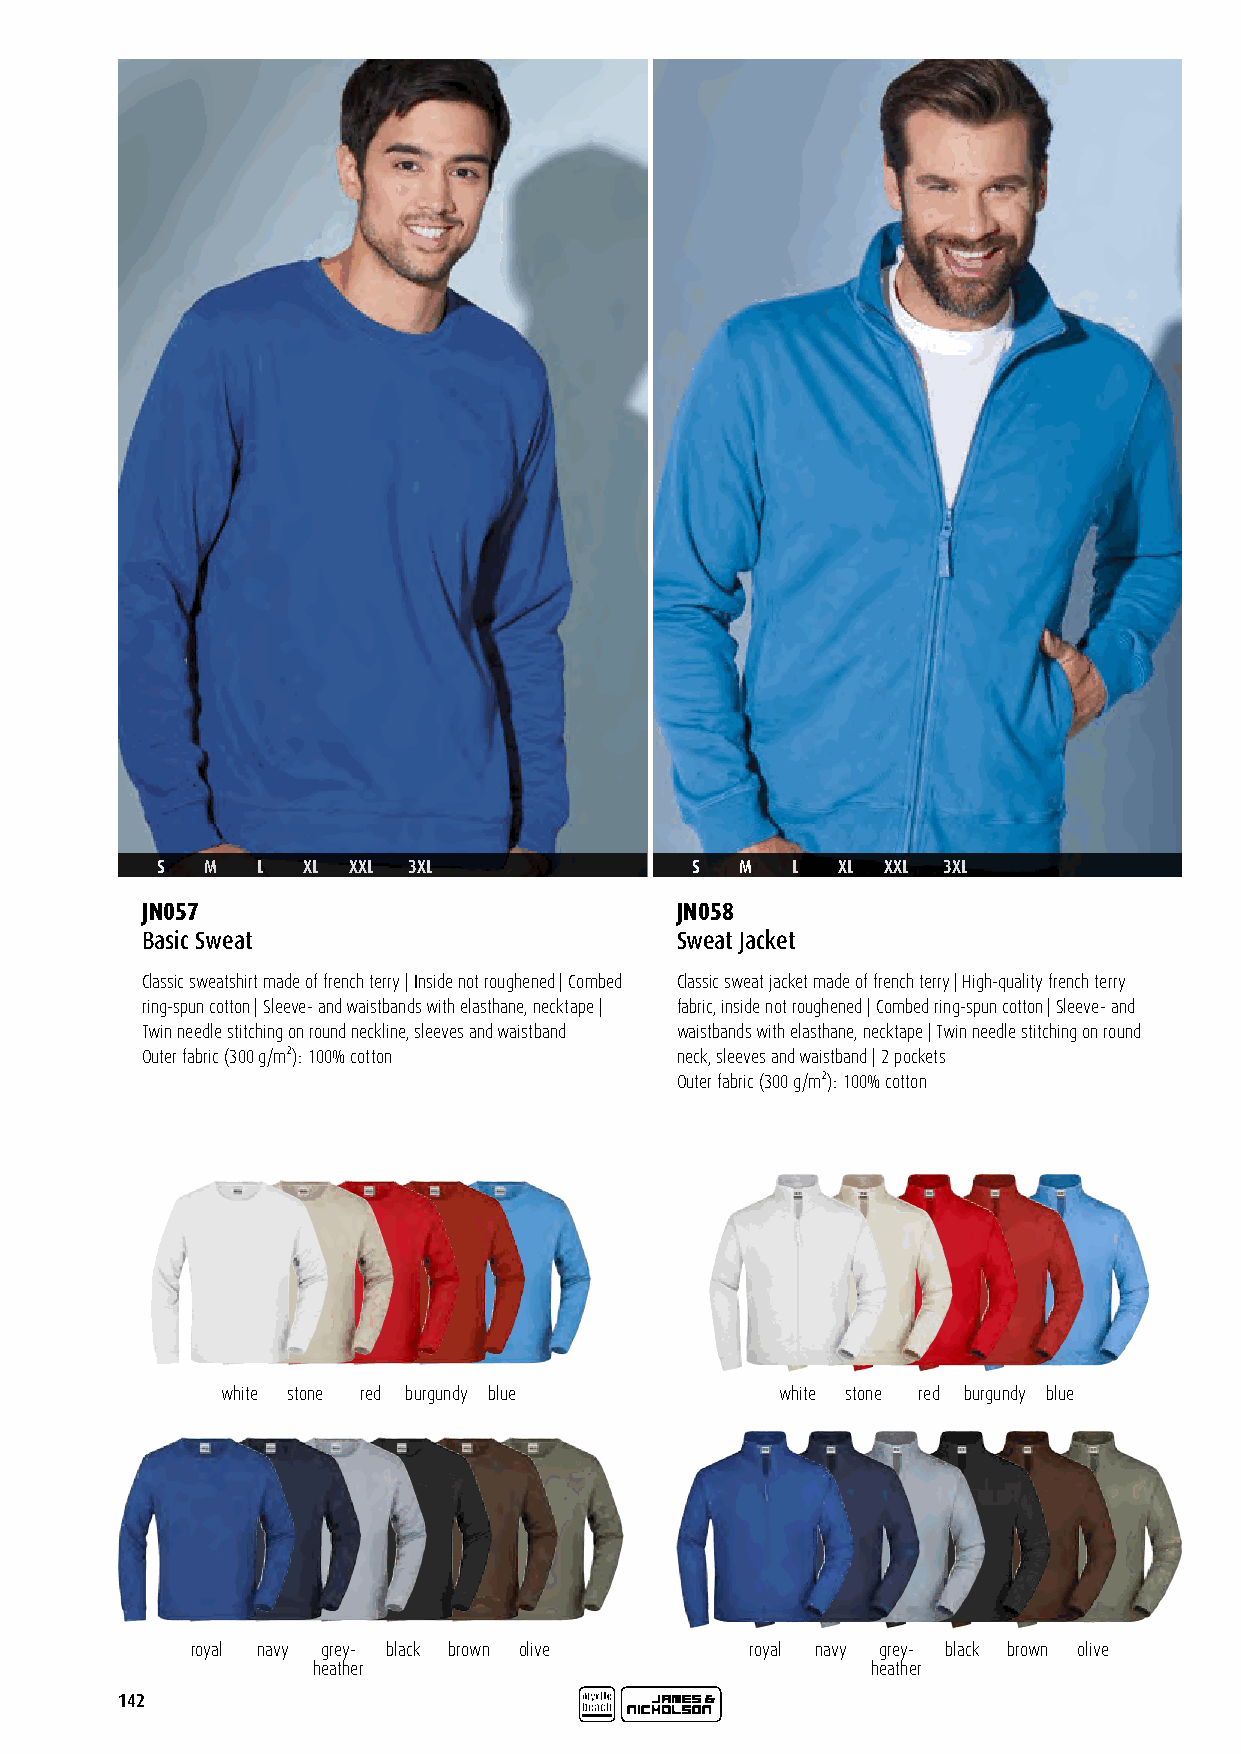
S   M  L  XL XXL 3XL                S  M  L  XL  XXL 3XL
 JN057                               JN058
 Basic Sweat                         Sweat Jacket
 Classic sweatshirt made of french terry | Inside not roughened | Combed Classic sweat jacket made of french terry | High-quality french terry
 ring-spun cotton | Sleeve- and waistbands with elasthane, necktape | fabric, inside not roughened | Combed ring-spun cotton | Sleeve- and
 Twin needle stitching on round neckline, sleeves and waistband waistbands with elasthane, necktape | Twin needle stitching on round
 Outer fabric (300 g/m²): 100% cotton neck, sleeves and waistband | 2 pockets
 Outer fabric (300 g/m²): 100% cotton
 white stone red burgundy blue        white stone red burgundy blue
 royal navy grey- black brown olive   royal navy grey- black brown olive
 heather                              heather
 142